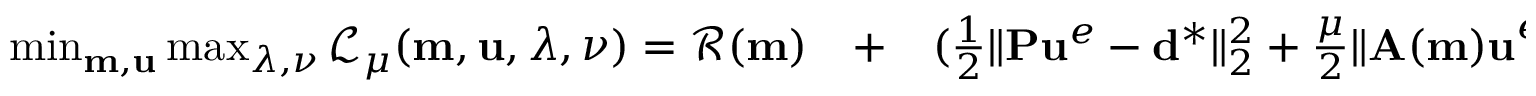
\begin{array} { r l r } { \operatorname* { m i n } _ { \mathbf { m } , \mathbf { u } } \operatorname* { m a x } _ { \boldsymbol { \lambda } , \boldsymbol { \nu } } \mathcal { L } _ { \mu } ( \mathbf { m } , \mathbf { u } , \boldsymbol { \lambda } , \boldsymbol { \nu } ) = \mathcal { R } ( \mathbf { m } ) } & { { } + } & { ( \frac { 1 } { 2 } \| \mathbf { P } \mathbf { u } ^ { e } - \mathbf { d } ^ { * } \| _ { 2 } ^ { 2 } + \frac { \mu } { 2 } \| \mathbf { A ( m ) u } ^ { e } - \mathbf { b } ^ { * } \| _ { 2 } ^ { 2 } } \end{array}